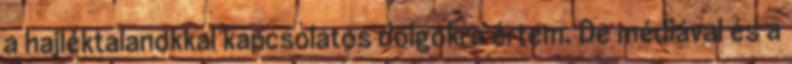
a hajléktalanokkal kapcsolatos dolgokra értem. De médiával és a